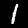
Digit: 1